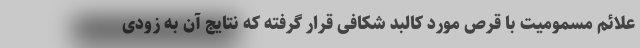
علائم مسمومیت با قرص مورد کالبد شکافی قرار گرفته که نتایج آن به زودی